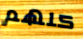
كلهم